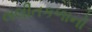
લલીતકળાનો